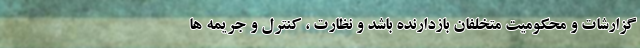
گزارشات و محکومیت متخلفان بازدارنده باشد و نظارت ، کنترل و جریمه ها